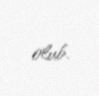
olub.